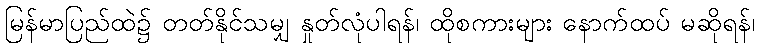
မြန်မာပြည်ထဲ၌ တတ်နိုင်သမျှ နှုတ်လုံပါရန်၊ ထိုစကားများ နောက်ထပ် မဆိုရန်၊